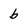
Character: b